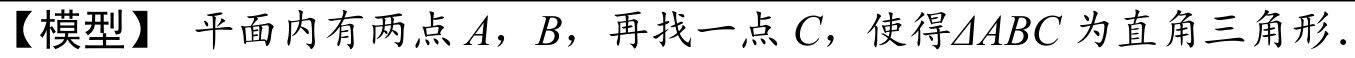
【模型】平面内有两点$A$，$B$，再找一点$C$，使得$\triangle ABC$为直角三角形.